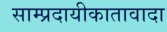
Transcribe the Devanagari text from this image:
साम्प्रदायीकातावादा